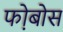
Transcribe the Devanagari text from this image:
फो़बोस